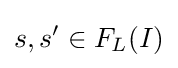
s,s'\in F_{L}(I)